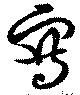
写